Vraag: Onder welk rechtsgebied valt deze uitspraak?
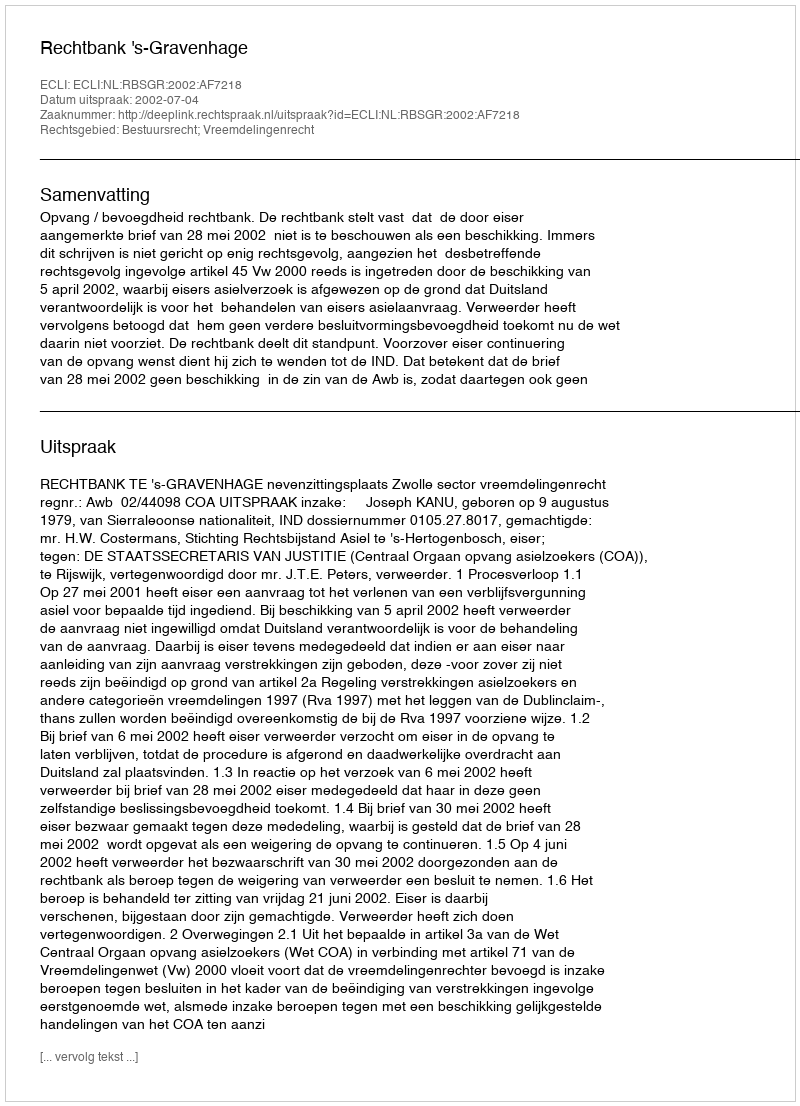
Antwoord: Bestuursrecht; Vreemdelingenrecht